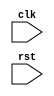
module ahb_bus_controller (
    input wire clk,
    input wire rst,
    // Add input/output ports for data, control signals, addressing signals, etc.
);

// Add modules for generating clock signals, reset signals, and synchronization of data/control signals

// Add control logic for managing read and write operations, addressing signals, arbitration between masters accessing the bus

// Add synchronization blocks to ensure proper data transfer and communication between different modules

// Add description of the functionality, interfaces, and timing requirements of the AHB bus controller

endmodule